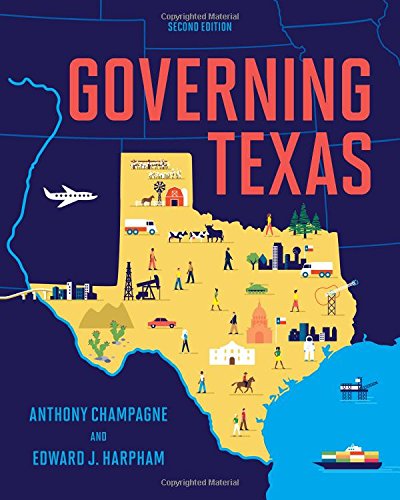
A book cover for Governing Texas (Second Edition) (Newest Edition); Anthony Champagne; Politics & Social Sciences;